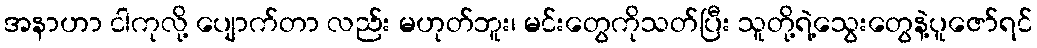
အနာဟာ ငါကုလို့ ပျောက်တာ လည်း မဟုတ်ဘူး၊ မင်းတွေကိုသတ်ပြီး သူတို့ရဲ့သွေးတွေနဲ့ပူဇော်ရင်